Illuka_vallavalitsus, lk 4
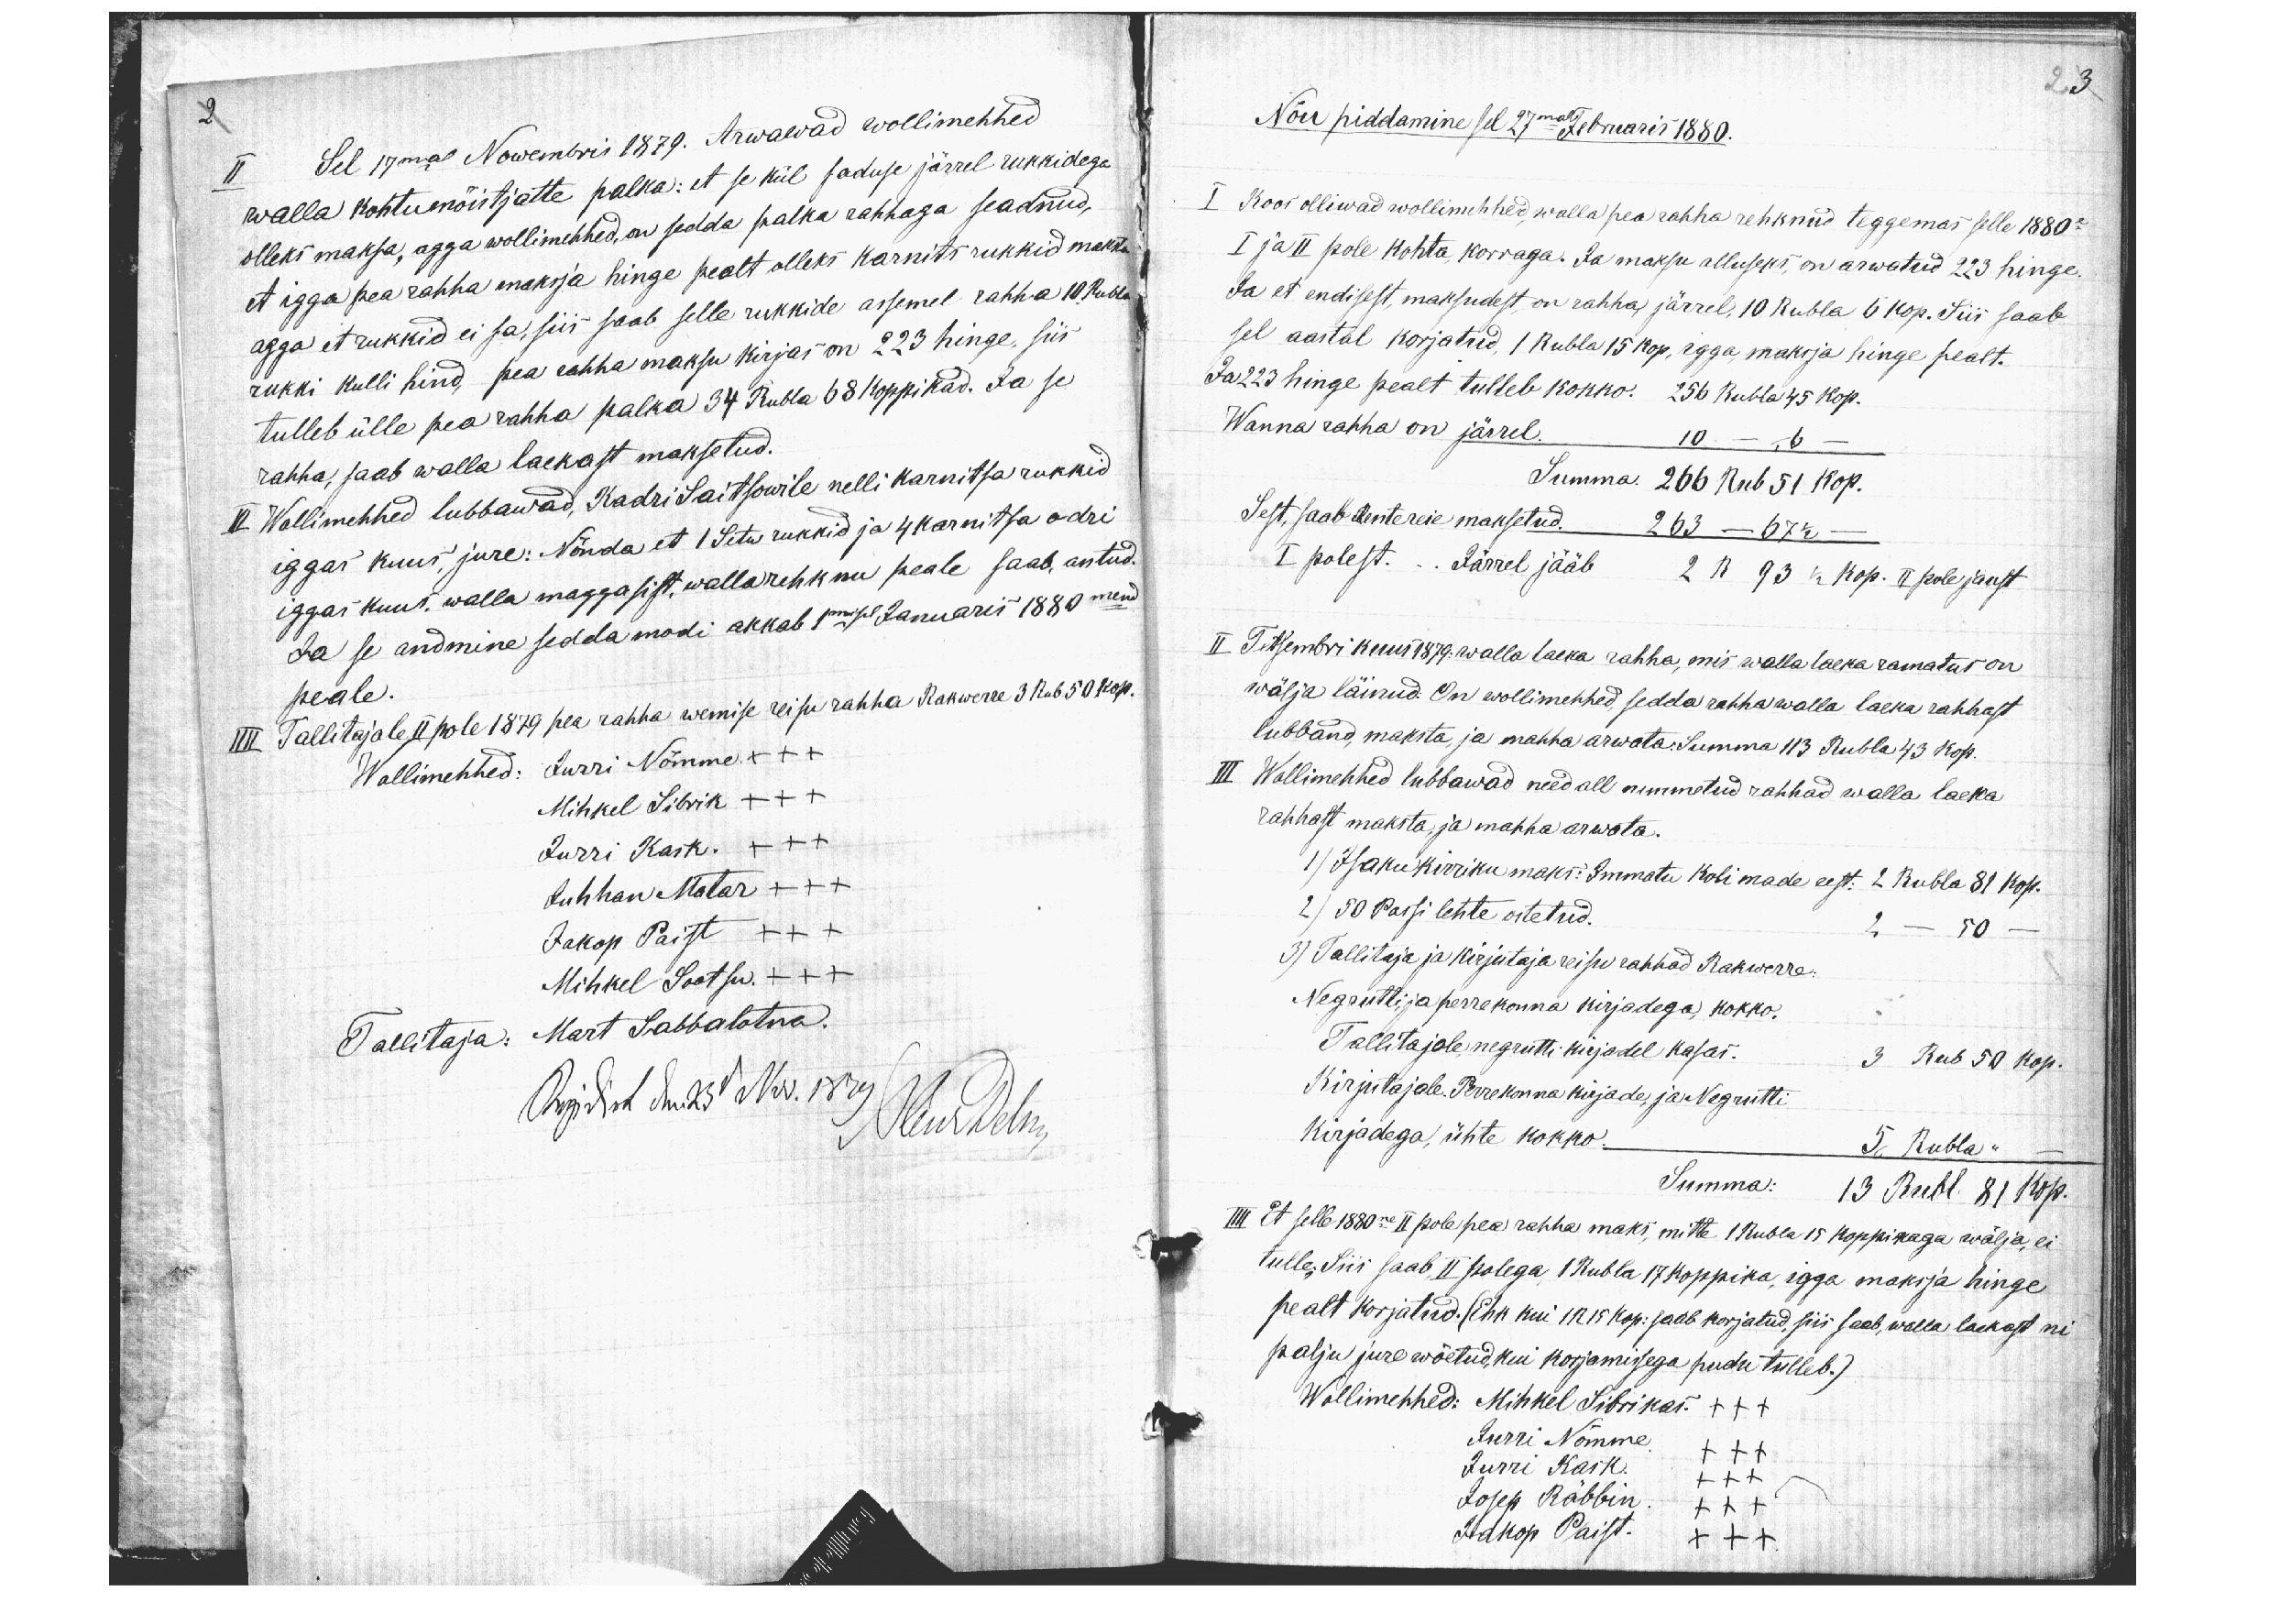
II Sel 17mal Nowembris 1879. Arwawad wollimehhed
walla kohtumõistjatte palka: et se kül saduse järrel rukkidega
olleks maksa, agga wollimehhed, on sedda palka rahhaga seadnud,
et igga pea rahha maksja hinge pealt olleks karnits rukkid maksta
agga et rukkid ei sa, siis saab selle rukkide assemel rahha 10 Rubla
rukki kulli hind, pea rahha maksu kirjas on 223 hinge, siis
tulleb ülle pea rahha palka 34 Rubla 68 koppikad. Ja se
rahha, saab walla laekast maksetud.
III Wollimehhed lubbawad, Kadri Saitsowile nelli karnitsa rukkid
iggas kuus, jure. Nõnda et 1 Setw rukkid ja 4 karnitsa odri
iggas kuus, walla maggasist, walla rehknu peale saab antud.
Ja se andmine sedda modi akkab 1messel Januaris 1880mend
peale.
IIII Tallitajale II pole 1879 pea rahha wemise reisu rahha Rakwerre 3 Rub 50 kop.
Wollimehhed: Jurri Nõmme XXX
Mihkel Sibrik XXX
Jurri Kask. XXX
Juhhan Matar XXX
Jakop Paist XXX
Mihkel Sootsu. XXX
Tallitaja: Mart Sabbalotna.

23
Nõu piddamine sel 27mal Februaris 1880.
I Koos olliwad wollimehhed, walla pea rahha rehknud teggemas selle 1880e
I ja II pole kohta, korraga. Ja maksu alluseks, on arwatud 223 hinge.
Ja et endisest, maksudest, on rahha järrel, 10 Rubla 6 kop. Siis saab
sel aastal korjatud, 1 Rubla 15 kop, igga maksja hinge pealt.
Ja 223 hinge pealt tulleb kokko. 256 Rubla 45 kop.
Wanna rahha on järrel. 10.- - 6 -
Summa. 266 Rub 51 kop.
Sest, saab Rentereie maksetud. 263 - 67 1/2 -
I polest. .. Järrel jääb 2 R 93 1/2 kop. II pole jaust
II Tetsembri kuus 1879. walla laeka rahha, mis walla laeka ramatus on
wälja läinud. On wollimehhed, sedda rahha walla laeka rahhast
lubband, maksta, ja mahha arwata. Summa 113 Rubla 43 kop.
III Wollimehhed lubbawad need all nimmetud rahhad walla laeka
rahhast maksta, ja mahha arwata.
1) Isaku kirriku maks: Immatu Koli made eest: 2 Rubla 81 kop.
2) 50 Passi lehte ostetud. 2 - 50 -
3) Tallitaja ja kirjutaja reisu rahhad Rakwerre:
Negrutti, ja perrekonna kirjadega, kokko.
Tallitajale negrutti kirjadel kasas. 3 Rub 50 kop.
Kirjutajale. Perrekonna kirjade, ja Negrutti
Kirjadega, ühte kokko. 5 Rubla " -
Summa: 13 Rubl. 81 kop.
IIII Et selle 1880ne II pole pea rahha maks, mitte 1 Rubla 15 koppikaga wälja, ei
tulle, Siis saab, II polega, 1 Rubla 17 koppika, igga maksja hinge
pealt korjatud. (Ehk kui 1 R 15 kop: saab korjatud, siis saab, walla laekast ni
palju jure wõetud, kui korjamissega pudu tulleb.)
Wollimehhed: Mihkel Sibrikas. +++
Jurri Nõmme. XXX
Jurri Kask. XXX
Josep Räbbin. XXX
Jakop Paist. +++